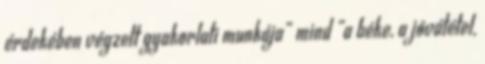
érdekében végzett gyakorlati munkája” mind „a béke, a jóvátétel,